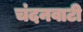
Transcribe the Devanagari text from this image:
चंदनवाटी